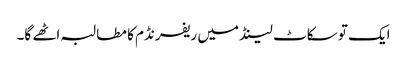
ایک تو سکاٹ لینڈ میں ریفرنڈم کا مطالبہ اٹھے گا۔